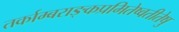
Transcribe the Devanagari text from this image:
तर्काम्बराङ्कप्रमितेष्वतीतेषु